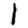
Digit: 1